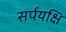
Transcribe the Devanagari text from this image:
सर्पयक्षि